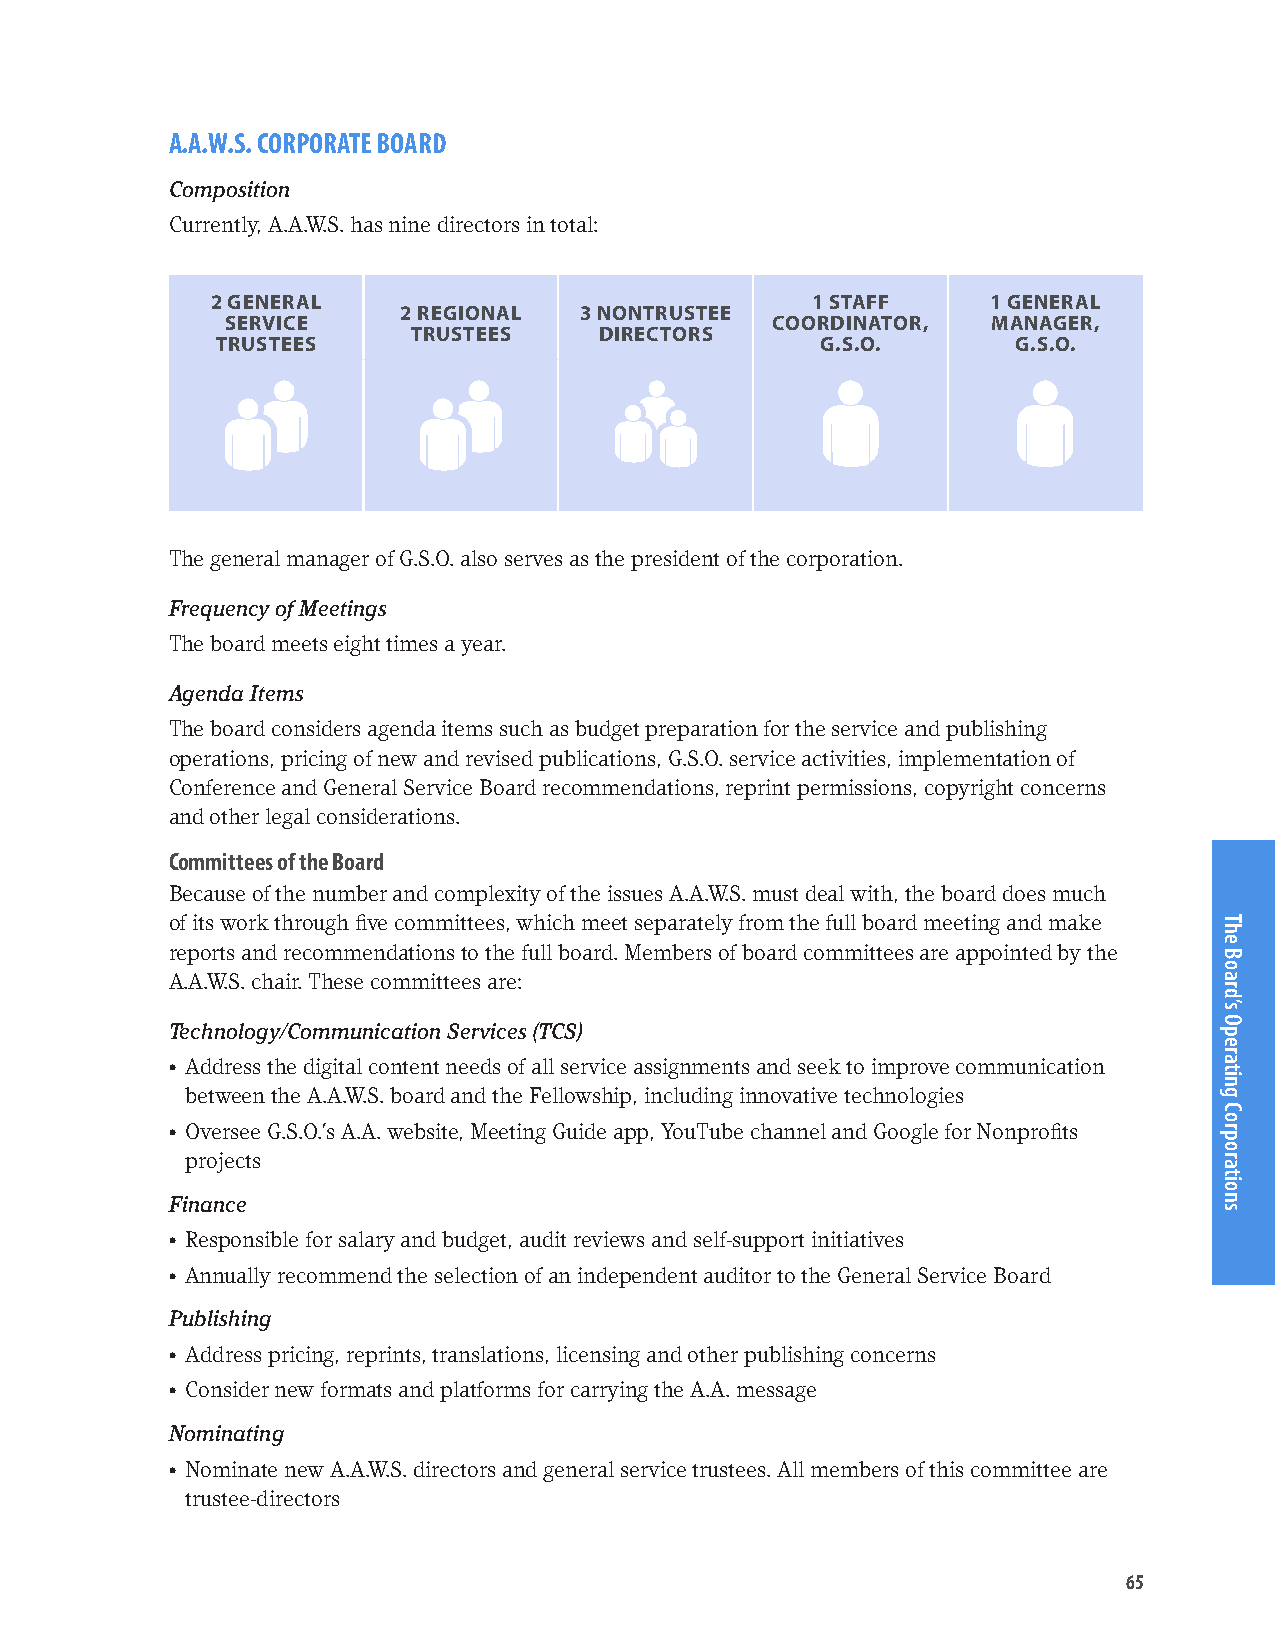
A.A.W.S. CORPORATE BOARD
 Composition
 Currently, A.A.W.S. has nine directors in total:
 2 GENERAL                               1 STAFF     1 GENERAL
 2 REGIONAL 3 NONTRUSTEE
 SERVICE                             COORDINATOR,   MANAGER,
 TRUSTEES     DIRECTORS
 TRUSTEES                                G.S.O.       G.S.O.
 The general manager of G.S.O. also serves as the president of the corporation.
 Frequency of Meetings
 The board meets eight times a year.
 Agenda Items
 The board considers agenda items such as budget preparation for the service and publishing
 operations, pricing of new and revised publications, G.S.O. service activities, implementation of
 Conference and General Service Board recommendations, reprint permissions, copyright concerns
 and other legal considerations.
 Committees of the Board
 Because of the number and complexity of the issues A.A.W.S. must deal with, the board does much
 of its work through five committees, which meet separately from the full board meeting and make
 reports and recommendations to the full board. Members of board committees are appointed by the
 A.A.W.S. chair. These committees are:
 Technology/Communication Services (TCS)
 • Address the digital content needs of all service assignments and seek to improve communication
 between the A.A.W.S. board and the Fellowship, including innovative technologies
 • Oversee G.S.O.’s A.A. website, Meeting Guide app, YouTube channel and Google for Nonprofits
 projects
 Finance
 • Responsible for salary and budget, audit reviews and self-support initiatives
 • Annually recommend the selection of an independent auditor to the General Service Board
 Publishing
 • Address pricing, reprints, translations, licensing and other publishing concerns
 • Consider new formats and platforms for carrying the A.A. message
 Nominating
 • Nominate new A.A.W.S. directors and general service trustees. All members of this committee are
 trustee-directors
 65
 The
 Board’s
 Operating
 Corporations